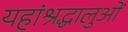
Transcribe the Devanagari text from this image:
यहांश्रद्धालुओं